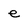
Character: e